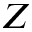
Z